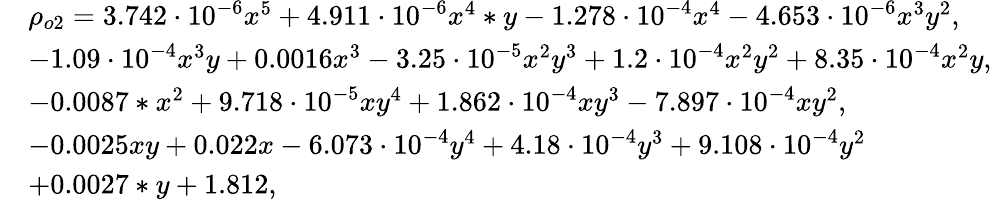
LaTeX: \begin{array}{rl}&{\rho_{o2}=3.742\cdot 10^{-6}x^{5}+4.911\cdot 10^{-6}x^{4}*y-1.278\cdot 10^{-4}x^{4}-4.653\cdot 10^{-6}x^{3}y^{2},}\\ &{-1.09\cdot 10^{-4}x^{3}y+0.0016x^{3}-3.25\cdot 10^{-5}x^{2}y^{3}+1.2\cdot 10^{-4}x^{2}y^{2}+8.35\cdot 10^{-4}x^{2}y,}\\ &{-0.0087*x^{2}+9.718\cdot 10^{-5}xy^{4}+1.862\cdot 10^{-4}xy^{3}-7.897\cdot 10^{-4}xy^{2},}\\ &{-0.0025xy+0.022x-6.073\cdot 10^{-4}y^{4}+4.18\cdot 10^{-4}y^{3}+9.108\cdot 10^{-4}y^{2}}\\ &{+0.0027*y+1.812,}\end{array}